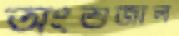
অংশুজাল